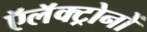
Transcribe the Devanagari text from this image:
ऍलॅक्ट्रोनों